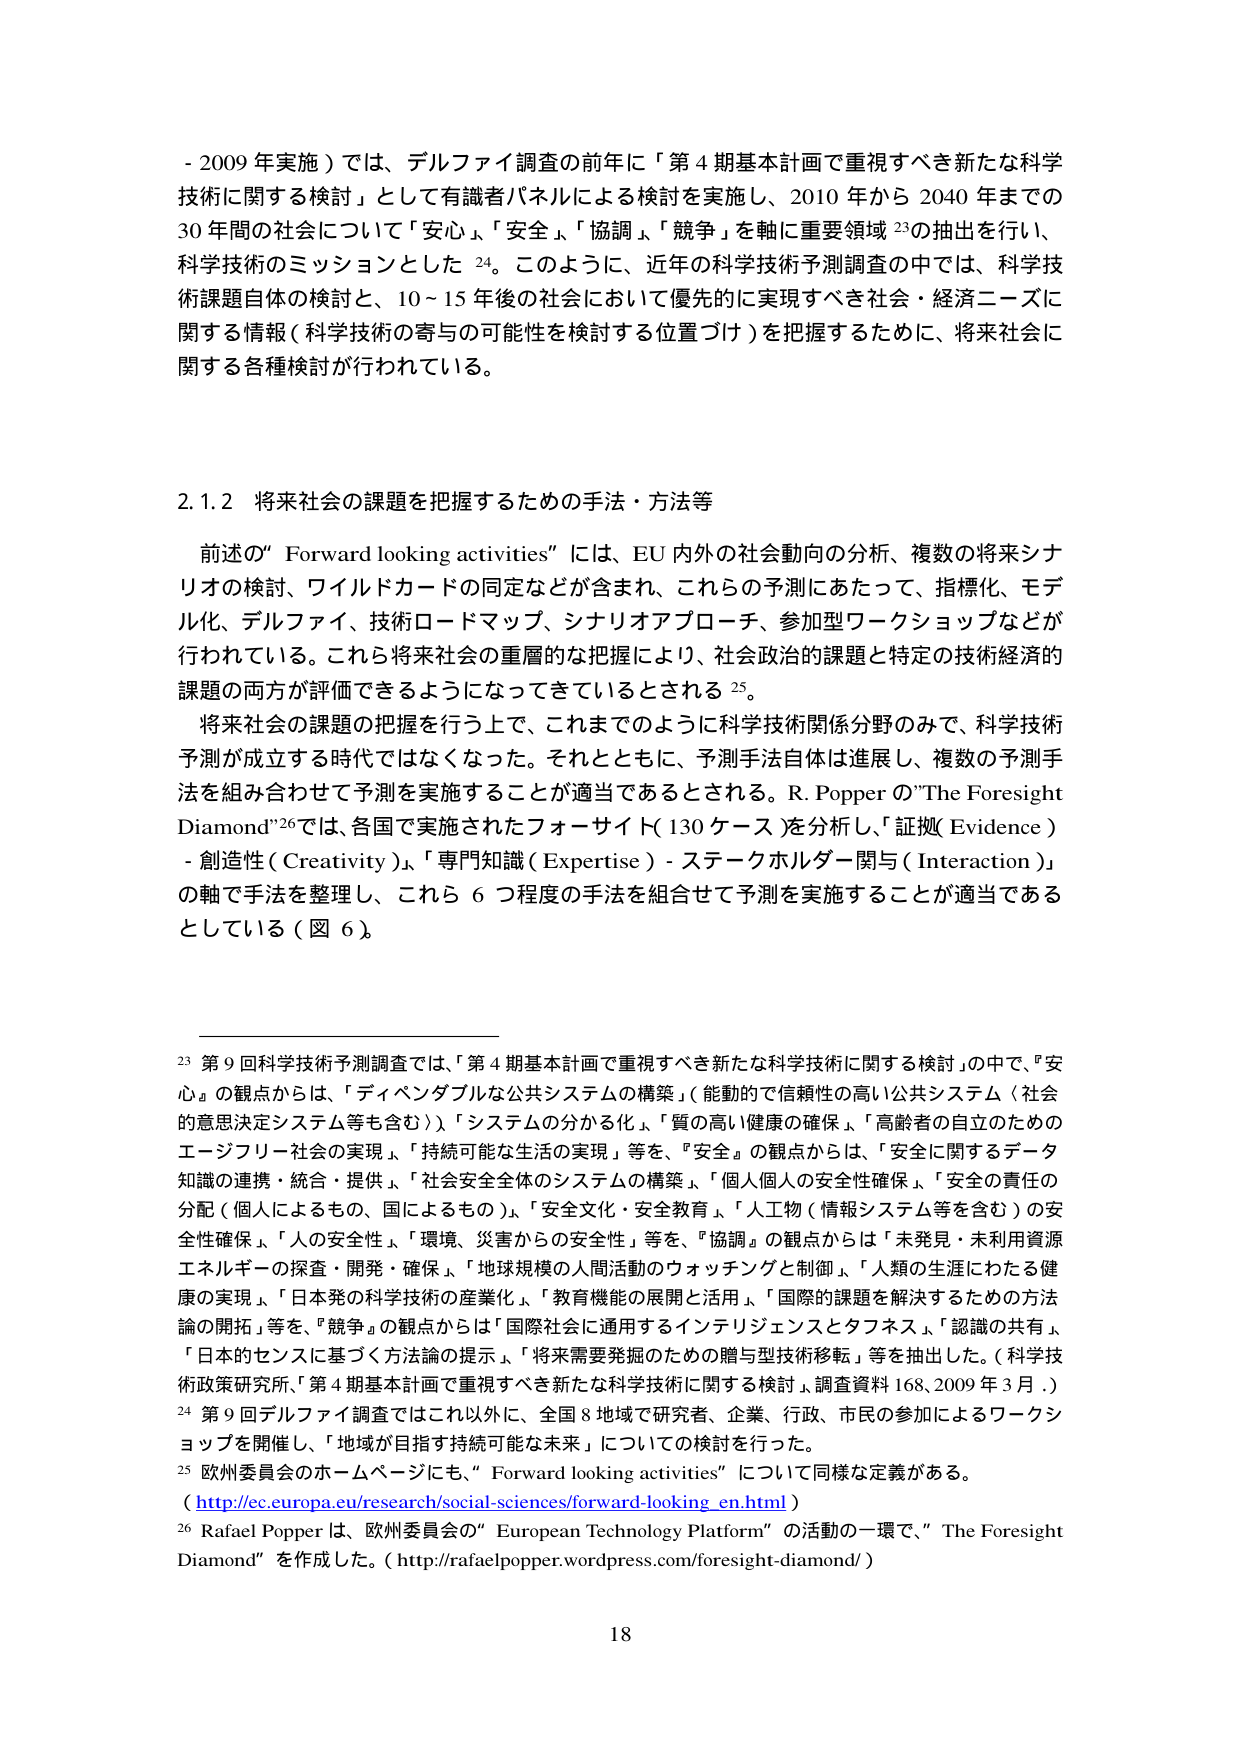
- 2009 年実施）では、デルファイ調査の前年に「第 4 期基本計画で重視すべき新たな科学技術に関する検討」として有識者パネルによる検討を実施し、2010 年から 2040 年までの 30 年間の社会について「安心」、「安全」、「協調」、「競争」を軸に重要領域 23 の抽出を行い、科学技術のミッションとした 24。このように、近年の科学技術予測調査の中では、科学技術課題自体の検討と、10～15 年後の社会において優先的に実現すべき社会・経済ニーズに関する情報（科学技術の寄与の可能性を検討する位置づけ）を把握するために、将来社会に関する各種検討が行われている。

2.1.2 将来社会の課題を把握するための手法・方法等

前述の“ Forward looking activities” には、EU 内外の社会動向の分析、複数の将来シナリオの検討、ワイルドカードの同定などが含まれ、これらの予測にあたって、指標化、モデル化、デルファイ、技術ロードマップ、シナリオアプローチ、参加型ワークショップなどが行われている。これら将来社会の重層的な把握により、社会政治的課題と特定の技術経済的課題の両方が評価できるようになってきているとされる 25。

将来社会の課題の把握を行う上で、これまでのように科学技術関係分野のみで、科学技術予測が成立する時代ではなくなった。それとともに、予測手法自体は進展し、複数の予測手法を組み合わせて予測を実施することが適当であるとされる。R. Popper の“The Foresight Diamond”26 では、各国で実施されたフォーサイト（130 ケース）を分析し、「証拠（Evidence）- 創造性（Creativity）」、「専門知識（Expertise）- ステークホルダー関与（Interaction）」の軸で手法を整理し、これら 6 つ程度の手法を組合せて予測を実施することが適当であるとしている（図 6）。

23 第 9 回科学技術予測調査では、「第 4 期基本計画で重視すべき新たな科学技術に関する検討」の中で、「安心」の観点からは、「ディペンダブルな公共システムの構築」（能動的で信頼性の高い公共システム（社会的意思決定システム等も含む））、「システムの分かち化」、「質の高い健康の確保」、「高齢者の自立のためのエージフリー社会の実現」、「持続可能な生活の実現」等を、「安全」の観点からは、「安全に関するデータ知識の連携・統合・提供」、「社会安全全体のシステムの構築」、「個人個人の安全性確保」、「安全の責任の分配（個人によるもの、国によるもの）」、「安全文化・安全教育」、「人工物（情報システム等を含む）の安全性確保」、「人の安全性」、「環境・災害からの安全性」等を、「協調」の観点からは「未発見・未利用資源エネルギーの探査・開発・確保」、「地球規模の人間活動のウォッチングと制御」、「人類の生涯にわたる健康の実現」、「日本発の科学技術の産業化」、「教育機能の展開と活用」、「国際的課題を解決するための方法論の開拓」等を、「競争」の観点からは「国際社会に通用するインテリジェンスとタフネス」、「認識の共有」、「日本的センスに基づく方法論の提示」、「将来需要発掘のための贈与型技術移転」等を抽出した。（科学技術政策研究所、「第 4 期基本計画で重視すべき新たな科学技術に関する検討」、調査資料 168、2009 年 3 月。）

24 第 9 回デルファイ調査ではこれ以外に、全国 8 地域で研究者、企業、行政、市民の参加によるワークショップを開催し、「地域が目指す持続可能な未来」についての検討を行った。

25 欧州委員会のホームページにも、“ Forward looking activities” について同様な定義がある。（http://ec.europa.eu/research/social-sciences/forward-looking_en.html）

26 Rafael Popper は、欧州委員会の“ European Technology Platform” の活動の一環で、“ The Foresight Diamond” を作成した。（http://rafaelpopper.wordpress.com/foresight-diamond/）

18